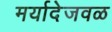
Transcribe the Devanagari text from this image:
मर्यादेजवळ